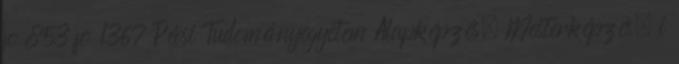
fõ 853 fõ 1367 Pécsi Tudományegyetem Alapképzés, Mesterképzés, i